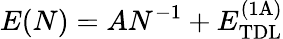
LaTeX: E(N)=AN^{-1}+E_{\mathrm{TDL}}^{\mathrm{(1A)}}